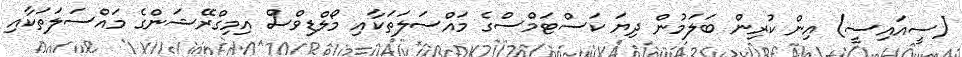
(ސީއައިސީ) އިން ކުރިން ބަލަމުން ދިޔަ ކަސްޓަމްސްގެ މައްސަލަތަކާއި މޯލްޑިވްސް އިމިގްރޭޝަންގެ މައްސަލަތަކާއި